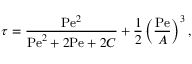
\tau = { \frac { \mathrm { P e } ^ { 2 } } { \mathrm { P e } ^ { 2 } + 2 \mathrm { P e } + 2 C } } + { \frac { 1 } { 2 } } \left( { \frac { \mathrm { P e } } { A } } \right) ^ { 3 } ,